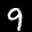
Label: 9